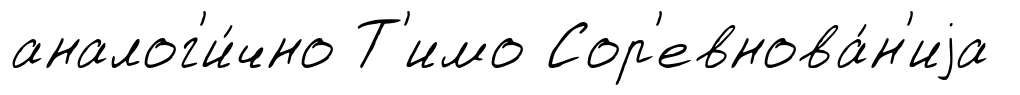
аналог'и́чно Т'имо Сор'евнова́н'иjа